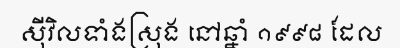
ស៊ីវិលទាំងស្រុង នៅឆ្នាំ ១៩៩៨ ដែល